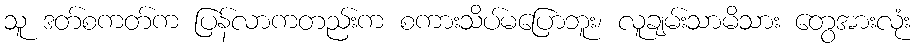
သူ ဒတ်စကတ်က ပြန်လာကတည်းက စကားသိပ်မပြောဘူး၊ လူချမ်းသာမိသား တွေအားလုံး